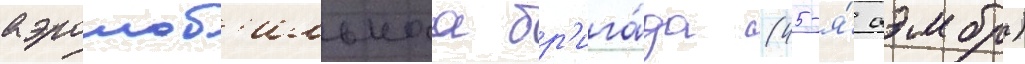
аэромоб'ильнаа бр'ига́да (45-я́ аэмбр)